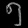
Digit: ၅